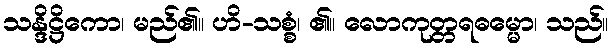
သန္ဒိဋ္ဌိကော၊ မည်၏။ ဟိ-သစ္စံ၊ ၏။ လောကုတ္တရဓမ္မော၊ သည်။